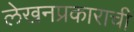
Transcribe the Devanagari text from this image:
लेखनप्रकाराची